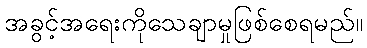
အခွင့်အရေးကိုသေချာမှုဖြစ်စေရမည်။